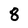
Character: 8